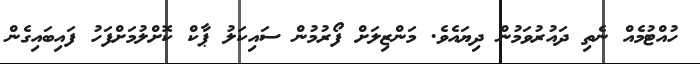
ހުއްޓުމެއް ނެތި ދައުރުވަމުން ދިޔައެވެ. މަންޒިލަށް ފޯރުމުން ސައިކަލު ޕާކް ކޮށްލުމަށްފަހު ފައިބައިގެން